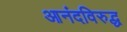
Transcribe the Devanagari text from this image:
आनंदविरुद्ध